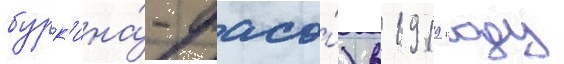
бурк'ина́-фасо́) в 1919 году